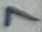
Text: 7